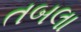
તબલા